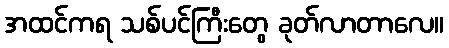
အထင်ကရ သစ်ပင်ကြီးတွေ ခုတ်လာတာလေ။